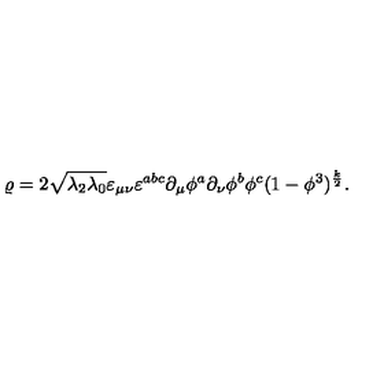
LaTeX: \varrho = 2 \sqrt { \lambda _ { 2 } \lambda _ { 0 } } \varepsilon _ { \mu \nu } \varepsilon ^ { a b c } \partial _ { \mu } \phi ^ { a } \partial _ { \nu } \phi ^ { b } \phi ^ { c } ( 1 - \phi ^ { 3 } ) ^ { \frac { k } { 2 } } .